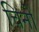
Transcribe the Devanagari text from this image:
चिनों